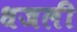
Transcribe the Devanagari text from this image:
धजली